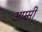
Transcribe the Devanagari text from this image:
आम्मी